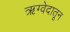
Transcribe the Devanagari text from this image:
ऋग्वेदातून